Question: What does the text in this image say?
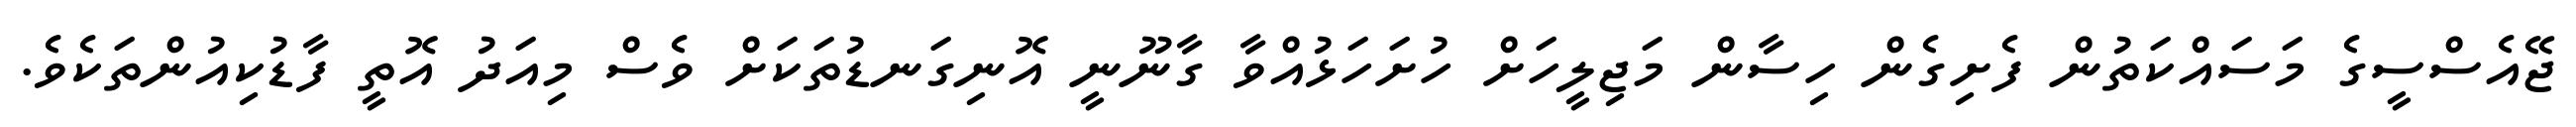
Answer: ޖޭއެސްސީގެ މަސައްކަތުން ފެށިގެން ހިސާން މަޖިލީހަށް ހުށަހަޅުއްވާ ގާނޫނީ އޮނިގަނޑުތަކަށް ވެސް މިއަދު އޮތީ ފާޑުކިއުންތަކެވެ.